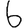
Digit: 6